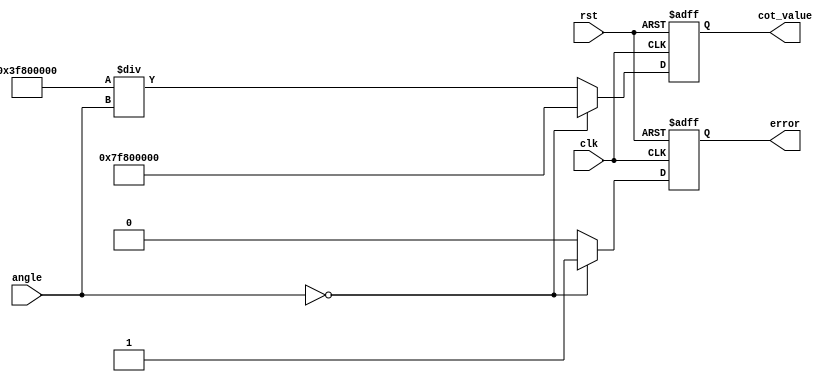
module cotangent (
    input wire clk,
    input wire rst,
    input wire [31:0] angle, // Input angle in radians (32-bit floating-point)
    output reg [31:0] cot_value, // Output cotangent value (32-bit floating-point)
    output reg error // Error signal for invalid inputs
);

    // Internal signals
    wire [31:0] tan_value;
    reg [31:0] reciprocal_tan;
    reg tan_zero; // Flag for tan(x) = 0

    // Tangent calculation (using a simple approximation or a lookup table)
    // For demonstration, we will use a simple polynomial approximation for tan(x)
    function [31:0] tan_approx;
        input [31:0] x;
        begin
            // Simple polynomial approximation for tan(x)
            // This is a placeholder; a more accurate method should be used
            tan_approx = x; // Replace with actual tan approximation
        end
    endfunction

    // Compute cotangent
    always @(posedge clk or posedge rst) begin
        if (rst) begin
            cot_value <= 32'b0;
            error <= 1'b0;
        end else begin
            // Calculate tangent
            tan_value = tan_approx(angle);

            // Check for tan(x) = 0 (which leads to division by zero)
            if (tan_value == 32'b0) begin
                tan_zero <= 1'b1;
                cot_value <= 32'h7F800000; // Return infinity (for floating-point)
                error <= 1'b1; // Set error flag
            end else begin
                tan_zero <= 1'b0;
                reciprocal_tan = 32'b0; // Initialize reciprocal_tan

                // Calculate reciprocal of tangent
                reciprocal_tan = 32'h3F800000 / tan_value; // 1.0 / tan_value (using fixed-point division)

                // Assign cotangent value
                cot_value <= reciprocal_tan;
                error <= 1'b0; // Clear error flag
            end
        end
    end

endmodule